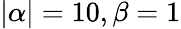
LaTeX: |\alpha|=10,\beta=1